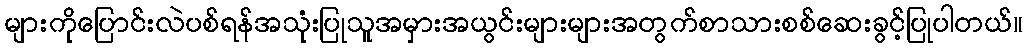
များကိုပြောင်းလဲပစ်ရန်အသုံးပြုသူအမှားအယွင်းများများအတွက်စာသားစစ်ဆေးခွင့်ပြုပါတယ်။